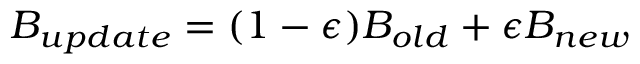
B _ { u p d a t e } = ( 1 - \epsilon ) B _ { o l d } + \epsilon B _ { n e w }